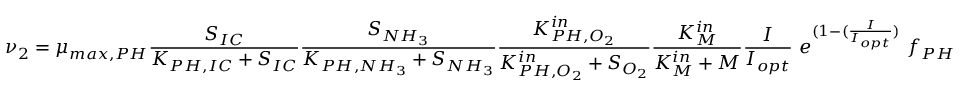
\nu _ { 2 } = \mu _ { m a x , P H } \frac { S _ { I C } } { K _ { P H , I C } + S _ { I C } } \frac { S _ { N H _ { 3 } } } { K _ { P H , N H _ { 3 } } + S _ { N H _ { 3 } } } \frac { K _ { P H , O _ { 2 } } ^ { i n } } { K _ { P H , O _ { 2 } } ^ { i n } + S _ { O _ { 2 } } } \frac { K _ { M } ^ { i n } } { K _ { M } ^ { i n } + M } \frac { I } { I _ { o p t } } \ e ^ { ( 1 - ( \frac { I } { I _ { o p t } } ) } \ f _ { P H }